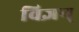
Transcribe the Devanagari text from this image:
विज्ञन्